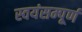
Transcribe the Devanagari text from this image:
स्वयंसम्पूर्ण